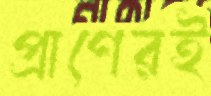
প্রাণেরই